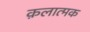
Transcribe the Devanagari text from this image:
क़लात्मक